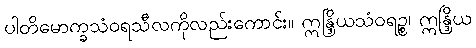
ပါတိမောက္ခသံဝရသီလကိုလည်းကောင်း။ ဣန္ဒြိယသံဝရဉ္စ၊ ဣန္ဒြိယ